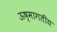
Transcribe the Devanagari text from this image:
ऊष्मागतीय